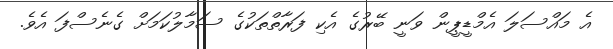
އެ މައްސަލަ އެމްޑީޕީން ވަނީ ބޭރުގެ އެކި ފަރާތްތަކުގެ ސަމާލުކަމަށް ގެނެސްފަ އެވެ.